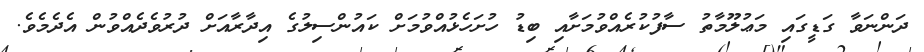
ދަންނަވާ ގަޑީގައި މަޢުލޫމާތު ސާފުކުރެއްވުމަށާއި ބިޑު ހުށަހެޅުއްވުމަށް ކައުންސިލުގެ އިދާރާއަށް ދުރުވެދެއްވުން އެދެމެވެ.